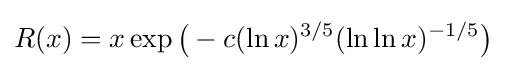
R(x)=x\exp {\bigl (}-c(\ln x)^{3/5}(\ln \ln x)^{-1/5}{\bigr )}